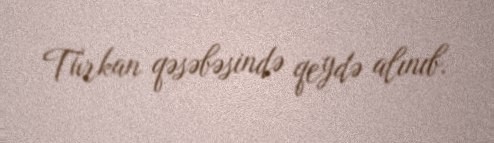
Türkan qəsəbəsində qeydə alınıb.